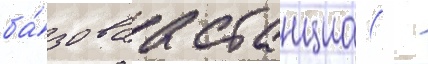
ба́зоваа станциа(